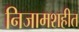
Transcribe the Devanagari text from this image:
निजामशहीत